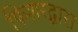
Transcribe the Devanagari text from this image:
फिशरद्वारा